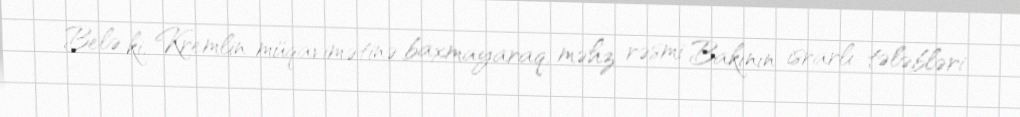
Belə ki, Kremlin müqavimətinə baxmayaraq, məhz rəsmi Bakının israrlı tələbləri